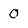
Character: 0